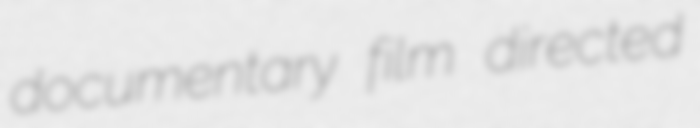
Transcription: documentary film directed